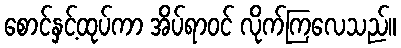
စောင်နှင့်ထုပ်ကာ အိပ်ရာဝင် လိုက်ကြလေသည်။